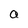
Character: a